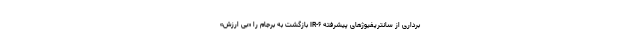
برداری از سانتریفیوژهای پیشرفته IR-۶ بازگشت به برجام را «بی ارزش»